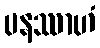
ပနဿာဟံ